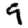
Digit: 9